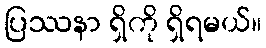
ပြဿနာ ရှိကို ရှိရမယ်။